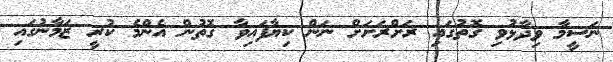
ނަސީމާ ވިދާޅުވި ގޮތުގައި ރަށްރަށަށް ނަން ކިޔާފައިވާ ގޮތުން އެންމެ ކުރީ ޒަމާނުގައި